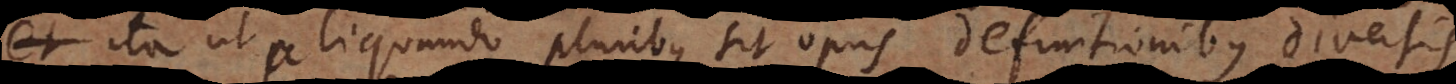
ita ut aliquando pluribus sit opus definitionibus diversis,